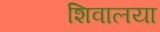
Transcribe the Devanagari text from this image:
शिवालया